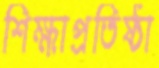
শিক্ষাপ্রতিষ্ঠা